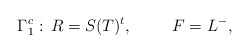
\begin{align*}\Gamma_1^c:\, R=S(T)^t, \hskip 1cm F=L^-,\end{align*}